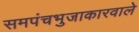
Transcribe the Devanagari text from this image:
समपंचभुजाकारवाले